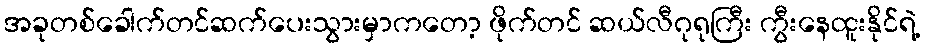
အခုတစ်ခေါက်တင်ဆက်ပေးသွားမှာကတော့ ဖိုက်တင် ဆယ်လီဂုရုကြီး ကွီးနေထူးနိုင်ရဲ့